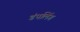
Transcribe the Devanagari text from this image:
डंपलिंग